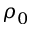
\rho _ { 0 }